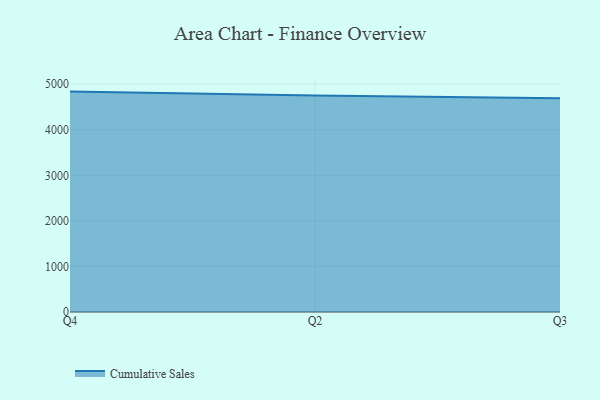
{"axis": {"x": "Quarter", "y": "Budget (USD K)"}, "legend": ["Cumulative Sales"], "data": [{"x": "Q4", "y": 4837.6, "type": "Cumulative Sales"}, {"x": "Q2", "y": 4750.6, "type": "Cumulative Sales"}, {"x": "Q3", "y": 4694.0, "type": "Cumulative Sales"}]}